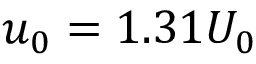
u _ { 0 } = 1 . 3 1 U _ { 0 }